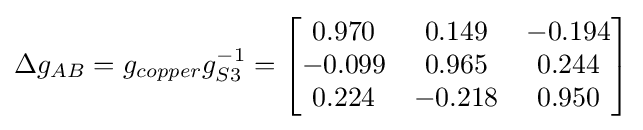
\Delta g_{AB}=g_{copper}g_{S3}^{-1}={\begin{bmatrix}0.970&0.149&-0.194\\-0.099&0.965&0.244\\0.224&-0.218&0.950\\\end{bmatrix}}